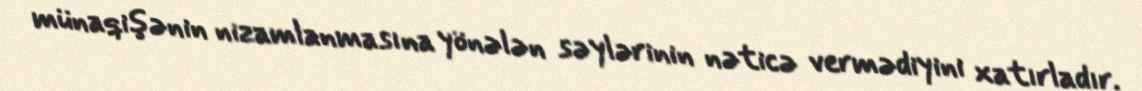
münaqişənin nizamlanmasına yönələn səylərinin nəticə vermədiyini xatırladır.